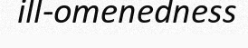
ill-omenedness